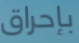
بإحراق